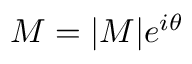
M = | M | e ^ { i \theta }